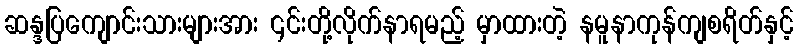
ဆန္ဒပြကျောင်းသားများအား ၎င်းတို့လိုက်နာရမည့် မှာထားတဲ့ နမူနာကုန်ကျစရိတ်နှင့်